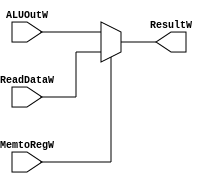
`timescale 1ns / 1ps
//////////////////////////////////////////////////////////////////////////////////
// Company: 
// Engineer: 
// 
// Design Name: 
// Module Name:    mux_MemtoRegW 
// Project Name: 
// Target Devices: 
// Tool versions: 
// Description: 
//
// Dependencies: 
//
// Revision: 
// Revision 0.01 - File Created
// Additional Comments: 
//
//////////////////////////////////////////////////////////////////////////////////
module mux_MemtoRegW(
	input wire [31:0]ReadDataW,
	input wire [31:0]ALUOutW,
	input wire MemtoRegW,
	output reg [31:0]ResultW
);
	 
always@(*)
begin
	if(MemtoRegW)
		ResultW <= ReadDataW;
	else
		ResultW <= ALUOutW;
end


endmodule